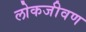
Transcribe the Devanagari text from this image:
लोकजीवण